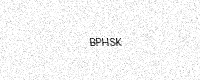
Text: BPHSK